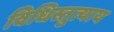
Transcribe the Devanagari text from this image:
विधिस्तुत्याय